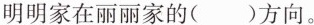
明明家在丽丽家的( )方向。